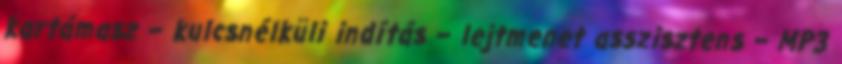
kartámasz – kulcsnélküli indítás – lejtmenet asszisztens – MP3